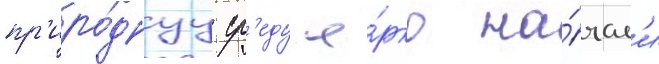
пр'иро́днуу ср'еду я́рко на́чал'и